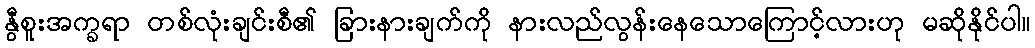
နွီစူးအက္ခရာ တစ်လုံးချင်းစီ၏ ခြားနားချက်ကို နားလည်လွန်းနေသောကြောင့်လားဟု မဆိုနိုင်ပါ။